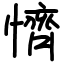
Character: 懠